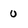
Character: 0